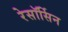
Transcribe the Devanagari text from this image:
रेसॉर्सिन